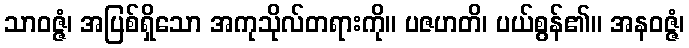
သာဝဇ္ဇံ၊ အပြစ်ရှိသော အကုသိုလ်တရားကို။ ပဇဟတိ၊ ပယ်စွန်၏။ အနဝဇ္ဇံ၊